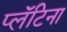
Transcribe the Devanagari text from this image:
प्लॅटिना